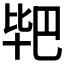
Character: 𭅣